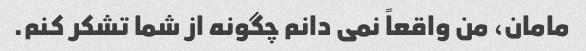
مامان، من واقعاً نمی دانم چگونه از شما تشکر کنم.